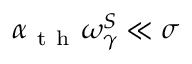
\alpha _ { \mathrm { ~ t ~ h ~ } } \omega _ { \gamma } ^ { S } \ll \sigma